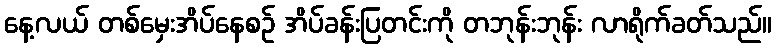
နေ့လယ် တစ်မှေးအိပ်နေစဉ် အိပ်ခန်းပြတင်းကို တဘုန်းဘုန်း လာရိုက်ခတ်သည်။